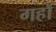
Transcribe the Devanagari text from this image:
गहों